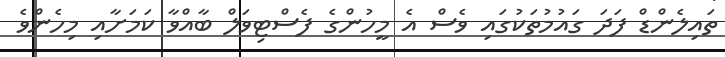
ތައިލެންޑް ފަދަ ގައުމުތަކުގައި ވެސް އެ މީހުންގެ ފެސްޓިވަލް ބާއްވާ ކަމަށާއި މިހެންވެ